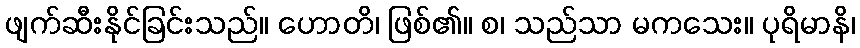
ဖျက်ဆီးနိုင်ခြင်းသည်။ ဟောတိ၊ ဖြစ်၏။ စ၊ သည်သာ မကသေး။ ပုရိမာနိ၊